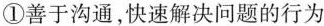
①善于沟通，快速解决问题的行为